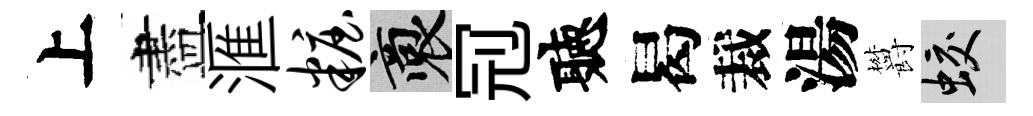
上盡滙妆裔𠜍聽曷裁湯欝蛟